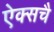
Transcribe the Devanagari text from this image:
ऐक्सचै